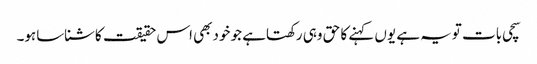
سچی بات تویہ ہے یوں کہنے کا حق وہی رکھتاہے جو خودبھی اس حقیقت کاشناساہو۔